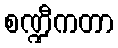
စဏ္ဍီကတာ